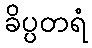
ခိပ္ပတရံ